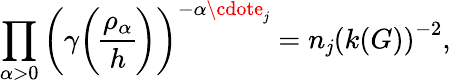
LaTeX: \prod_{\alpha>0}\left(\gamma{\rho_{\alpha}\overwithdelims()h}\right)^{-\alpha\cdote_{\mathit{j}}}=n_{\mathit{j}}\left(k(G)\right)^{-2},